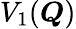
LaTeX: V_{1}(\boldsymbol{Q})